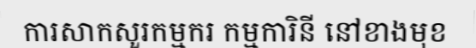
ការសាកសួរកម្មករ កម្មការិនី នៅខាងមុខ